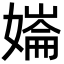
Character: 𡠱